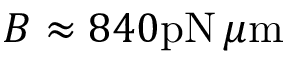
B \approx 8 4 0 \mathrm { p N } \, \mu \mathrm { m }